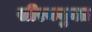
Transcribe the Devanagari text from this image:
सीरमयुक्त